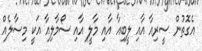
އެގޮތުން ސީރިއާ އާއި ލީބިއާ އާއި މާލީ އާއި ސޯމާލިއާ އަކީ މިސާލެއް